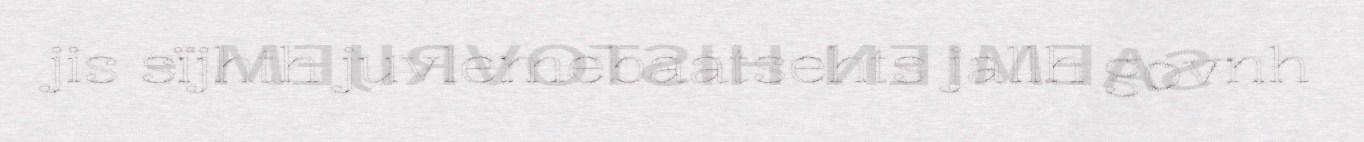
jis sïjhth juvlemebaatsehts jallh govnh